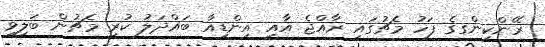
ރޭންކިންގގެ ފަހު މެޗުގައި ރާއްޖެ އާއި އިންޑިއާ ބައްދަލު ކުރި މެޗުން ބަލިވީ